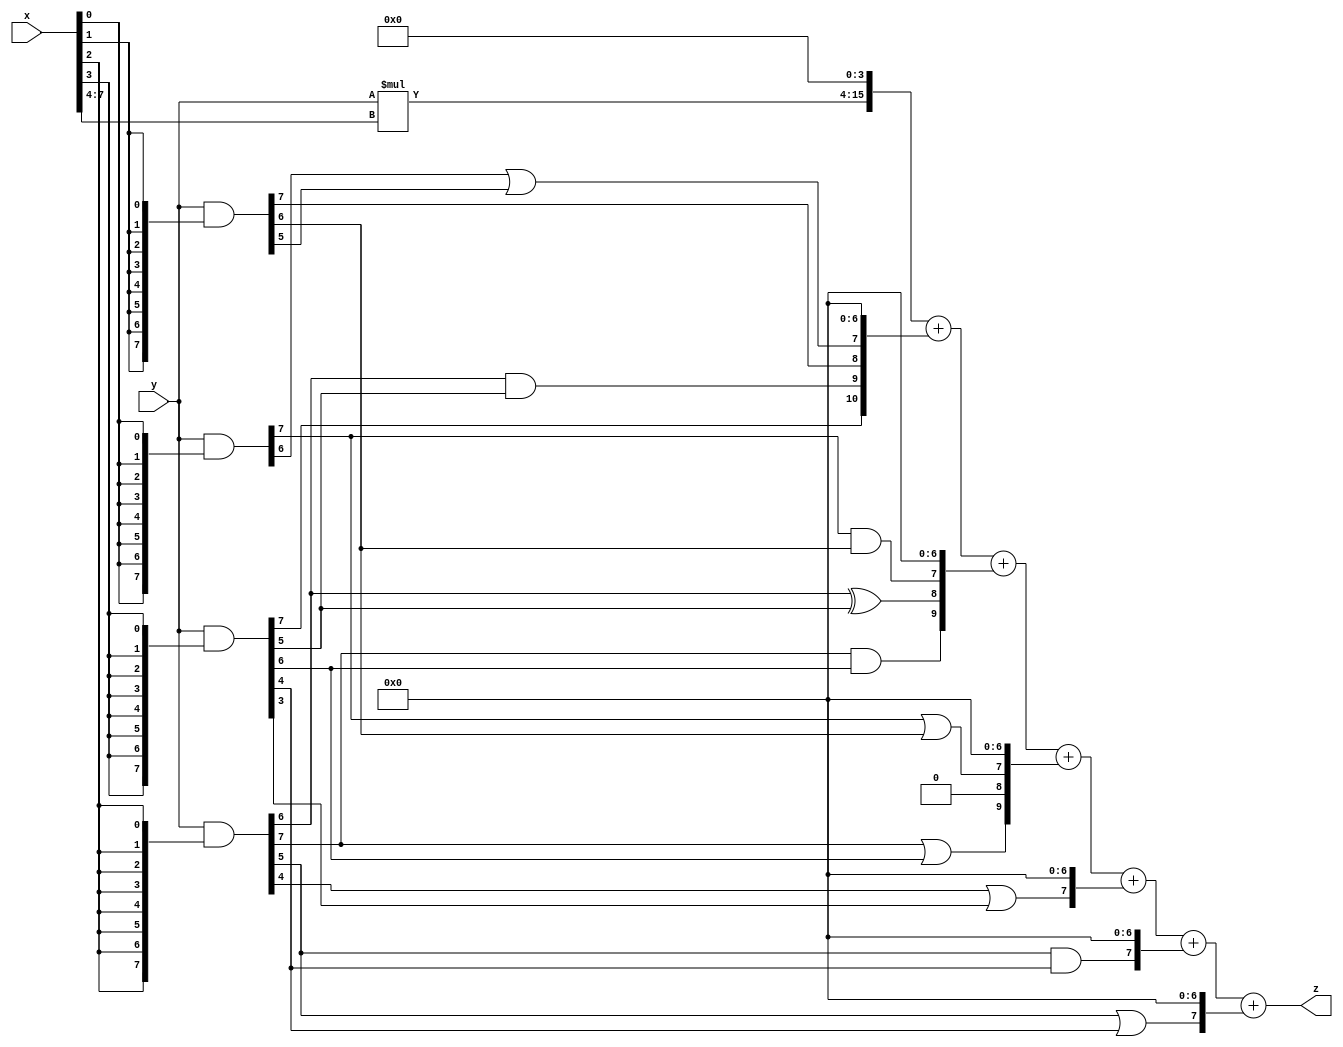
// terms: 12
// fval:  14766.25

module unsigned_8x8_l4_lamb1000_4 (
	input [7:0] x,
	input [7:0] y,
	output [15:0] z
);

wire [11:0] tmp_z = y*x[7:4];

wire [7:0] part1 =  y & {8{x[0]}};
wire [7:0] part2 =  y & {8{x[1]}};
wire [7:0] part3 =  y & {8{x[2]}};
wire [7:0] part4 =  y & {8{x[3]}};

wire [10:0] new_part1;
assign new_part1[0] = 0;
assign new_part1[1] = 0;
assign new_part1[2] = 0;
assign new_part1[3] = 0;
assign new_part1[4] = 0;
assign new_part1[5] = 0;
assign new_part1[6] = 0;
assign new_part1[7] = part1[6] | part2[5];
assign new_part1[8] = part2[7];
assign new_part1[9] = part3[6] & part4[5];
assign new_part1[10] = part4[7];

wire [9:0] new_part2;
assign new_part2[0] = 0;
assign new_part2[1] = 0;
assign new_part2[2] = 0;
assign new_part2[3] = 0;
assign new_part2[4] = 0;
assign new_part2[5] = 0;
assign new_part2[6] = 0;
assign new_part2[7] = part1[7] & part2[6];
assign new_part2[8] = part3[6] ^ part4[5];
assign new_part2[9] = part3[7] & part4[6];

wire [9:0] new_part3;
assign new_part3[0] = 0;
assign new_part3[1] = 0;
assign new_part3[2] = 0;
assign new_part3[3] = 0;
assign new_part3[4] = 0;
assign new_part3[5] = 0;
assign new_part3[6] = 0;
assign new_part3[7] = part1[7] | part2[6];
assign new_part3[8] = 0;
assign new_part3[9] = part3[7] | part4[6];

wire [7:0] new_part4;
assign new_part4[0] = 0;
assign new_part4[1] = 0;
assign new_part4[2] = 0;
assign new_part4[3] = 0;
assign new_part4[4] = 0;
assign new_part4[5] = 0;
assign new_part4[6] = 0;
assign new_part4[7] = part3[4] | part4[3];

wire [7:0] new_part5;
assign new_part5[0] = 0;
assign new_part5[1] = 0;
assign new_part5[2] = 0;
assign new_part5[3] = 0;
assign new_part5[4] = 0;
assign new_part5[5] = 0;
assign new_part5[6] = 0;
assign new_part5[7] = part3[5] & part4[4];

wire [7:0] new_part6;
assign new_part6[0] = 0;
assign new_part6[1] = 0;
assign new_part6[2] = 0;
assign new_part6[3] = 0;
assign new_part6[4] = 0;
assign new_part6[5] = 0;
assign new_part6[6] = 0;
assign new_part6[7] = part3[5] | part4[4];

assign z = {tmp_z, 4'd 0} + new_part1 + new_part2 + new_part3 + new_part4 + new_part5 + new_part6;
endmodule